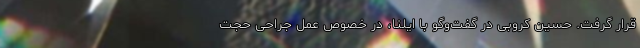
قرار گرفت. حسین کروبی در گفت‌وگو با ایلنا، در خصوص عمل جراحی حجت‌